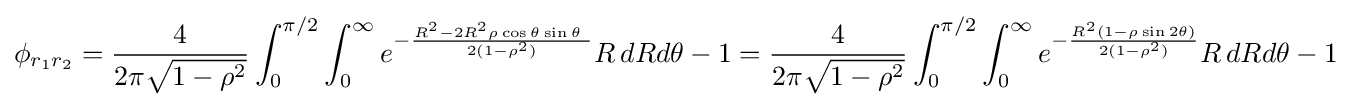
\phi _{r_{1}r_{2}}={\frac {4}{2\pi {\sqrt {1-\rho ^{2}}}}}\int _{0}^{\pi /2}\int _{0}^{\infty }e^{-{\frac {R^{2}-2R^{2}\rho \cos \theta \sin \theta \ }{2(1-\rho ^{2})}}}R\,dRd\theta -1={\frac {4}{2\pi {\sqrt {1-\rho ^{2}}}}}\int _{0}^{\pi /2}\int _{0}^{\infty }e^{-{\frac {R^{2}(1-\rho \sin 2\theta )}{2(1-\rho ^{2})}}}R\,dRd\theta -1